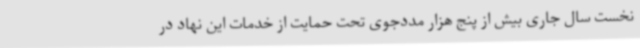
نخست سال جاری بیش از پنج هزار مددجوی تحت حمایت از خدمات این نهاد در